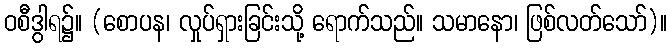
ဝစီဒွါရ၌။ (စောပန၊ လှုပ်ရှားခြင်းသို့ ရောက်သည်။ သမာနော၊ ဖြစ်လတ်သော်)။